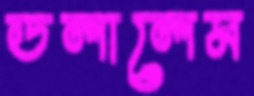
ডলালেম